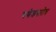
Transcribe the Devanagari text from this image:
गणेशस्तोत्र